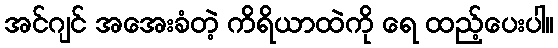
အင်ဂျင် အအေးခံတဲ့ ကိရိယာထဲကို ရေ ထည့်ပေးပါ။